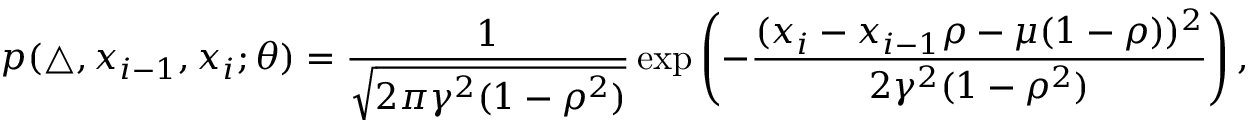
p ( \triangle , x _ { i - 1 } , x _ { i } ; \theta ) = \frac { 1 } { \sqrt { 2 \pi \gamma ^ { 2 } ( 1 - \rho ^ { 2 } ) } } \exp \left( - \frac { ( x _ { i } - x _ { i - 1 } \rho - \mu ( 1 - \rho ) ) ^ { 2 } } { 2 \gamma ^ { 2 } ( 1 - \rho ^ { 2 } ) } \right) ,